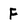
Character: F